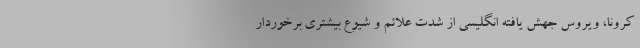
کرونا، ویروس جهش یافته انگلیسی از شدت علائم و شیوع بیشتری برخوردار